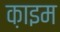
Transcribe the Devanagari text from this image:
क़ाइम